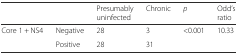
<table><thead><tr><td>[EMPTY_CELL]</td><td>[EMPTY_CELL]</td><td><b>Presumably uninfected</b></td><td><b>Chronic</b></td><td><b><i>p</i></b></td><td><b>Odd’s ratio</b></td></tr></thead><tbody><tr><td rowspan="2">Core 1 + NS4</td><td>Negative</td><td>28</td><td>3</td><td rowspan="2">&lt;0.001</td><td rowspan="2">10.33</td></tr><tr><td>Positive</td><td>28</td><td>31</td></tr></tbody></table>